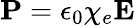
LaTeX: \mathbf{P}=\epsilon_{0}\chi_{e}\mathbf{E}